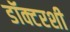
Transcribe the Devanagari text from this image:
डॉक्टरशी